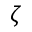
\zeta